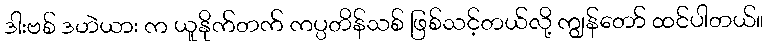
ဒါးဗစ် ဒဟဲယား က ယူနိုက်တက် ကပ္ပတိန်သစ် ဖြစ်သင့်တယ်လို့ ကျွန်တော် ထင်ပါတယ်။